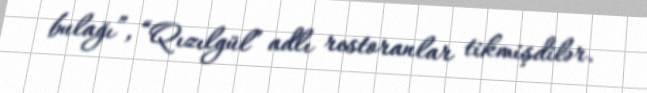
bulağı”, “Qızılgül” adlı restoranlar tikmişdilər.